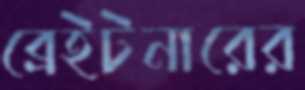
ব্রেইটনারের